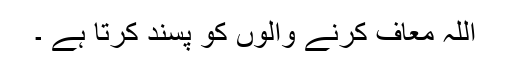
اللہ معاف کرنے والوں کو پسند کرتا ہے ۔